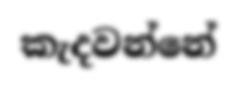
කැදවන්නේ